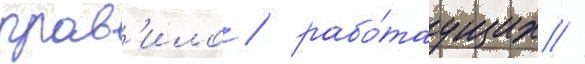
прав'ило / рабо́таущих //